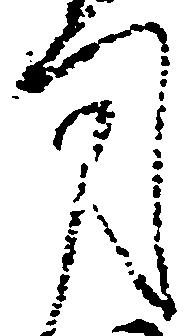
司